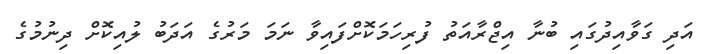
އަދި ގަވާއިދުގައި ބުނާ އިޖްރާއަތު ފުރިހަމަކޮށްފައިވާ ނަމަ މަރުގެ އަދަބު ލުއިކޮށް ދިނުމުގެ